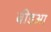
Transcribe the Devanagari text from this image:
बीडआ